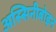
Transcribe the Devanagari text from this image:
अस्सिनीबोइन